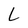
Character: L